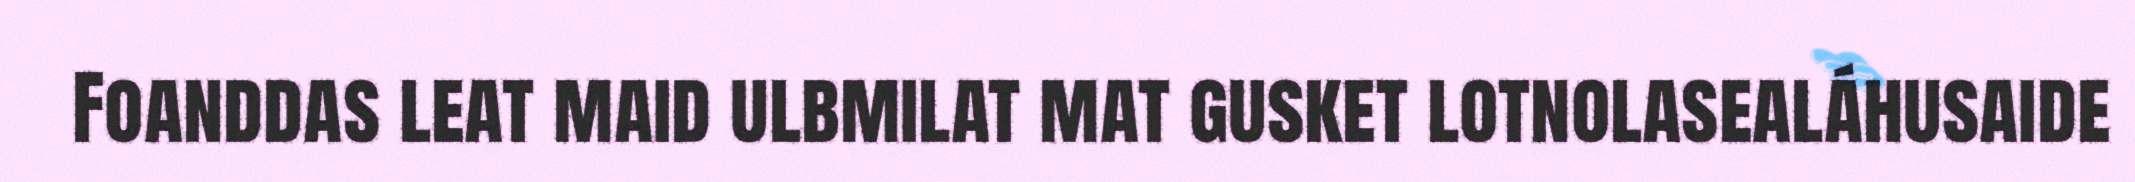
Foanddas leat maid ulbmilat mat gusket lotnolasealáhusaide